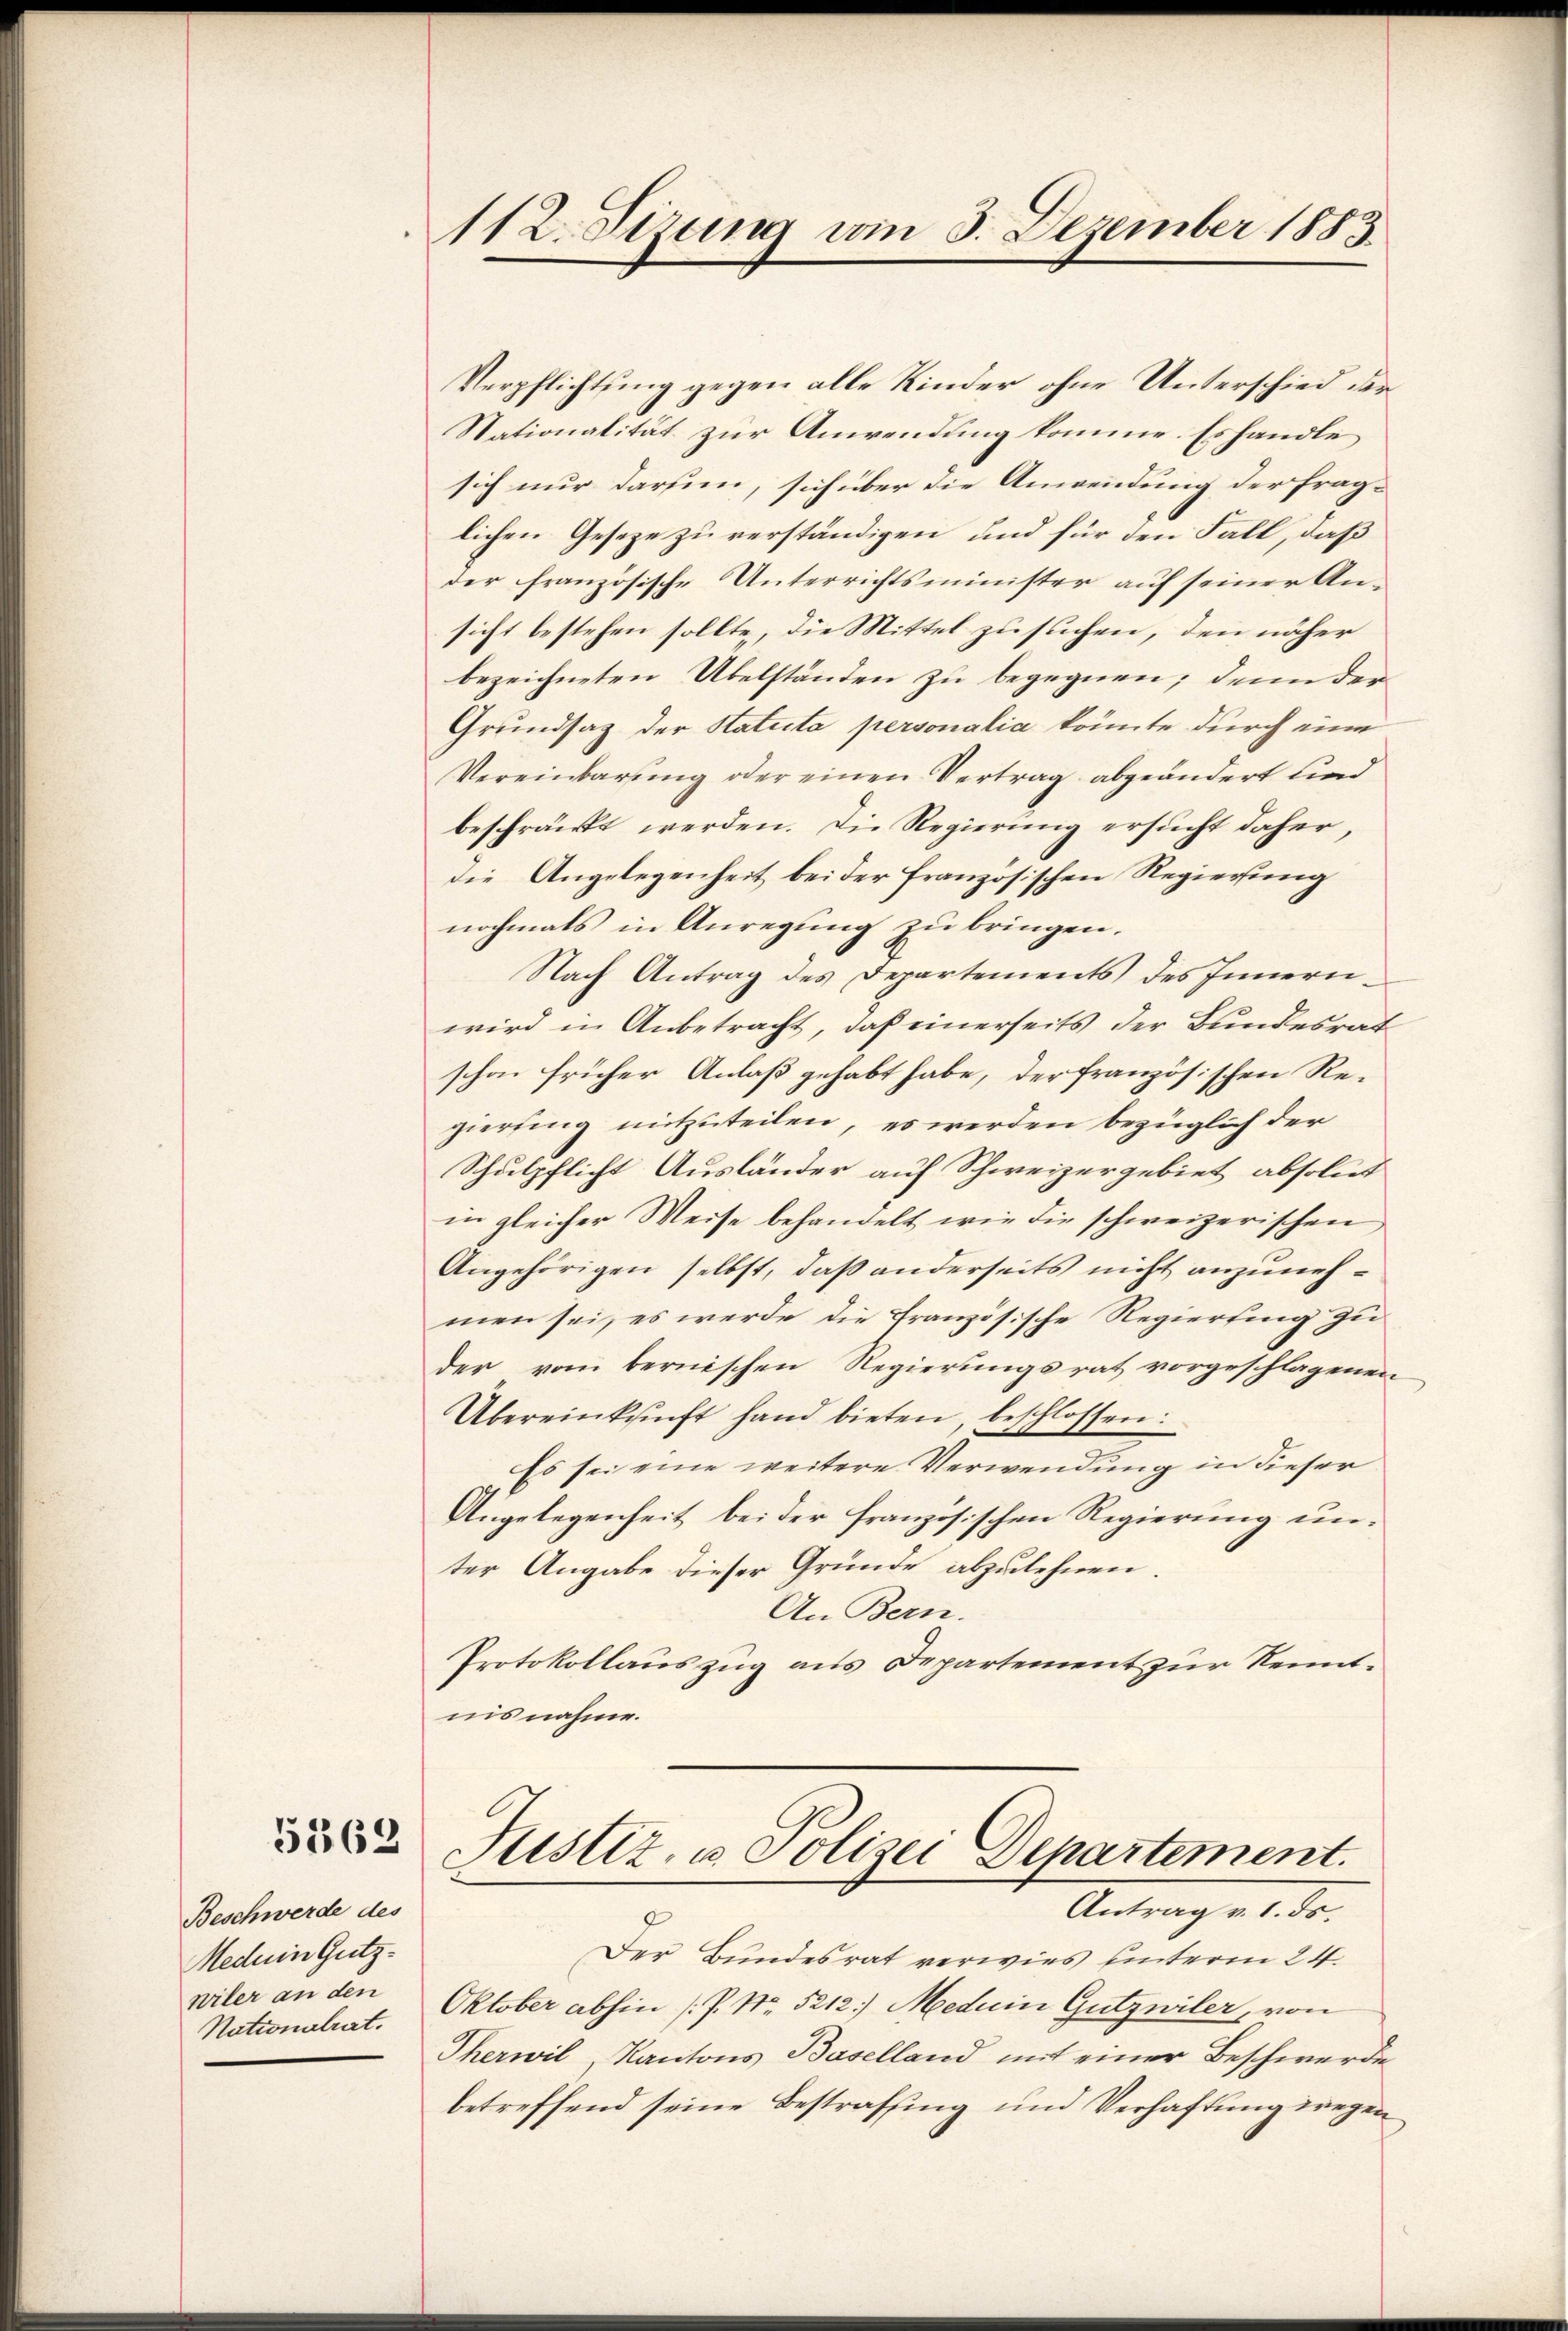
5362

Beschwerde des
Meduin Gutzwiler an den
Nationalrat.

112. Sizung vom 3. Dezember 1885

Verpflichtung gegen alle Kinder ohne Unterschied der
Nationalität zur Anwendung komme. Es handle
sich nur darum, sich über die Anwendung der fraglichen Gesetze zu verständigen und für den Fall, daß
der französische Unterrichtsminister auf seiner Ansicht bestehen sollte, die Mittel zu suchen, den näher
bezeichneten Übelständen zu begegnen; denn der
Grundsaz der Statuta personalia könnte durch eine
Vereinbarŭng oder einen Vertrag abgeändert und
beschränkt werden. Die Regierung ersucht daher,
die Angelegenheit bei der französischen Regierung
nochmals in Anregung zu bringen.
Nach Antrag des Departements des Innernwird in Anbetracht, daß einerseits der Bundesrat
schon früher Anlaß gehabt habe, der französischen Rezierling mitzuteilen, es werden bezüglich der
Schulpflicht Ausländer auf Schweizergebiet absolut
in gleicher Weise behandelt, wie die schweizerischen
Angehörigen selbst, daß anderseits nicht anzunehmen sei, es werde die Französische Regierung zu
der vom bernischen Regierungsrat vorgeschlagenen
Übereinkunft hand bieten, beschlossen:
Es sei eine weitere Verwendung in dieser
Angelegenheit bei der französischen Regierung unter Angabe dieser Gründe abzulehnen
An Bern.
Protokollauszug aus Departement zur Kenntnisnahme.

Justiz, u. Polizei Departement.
Antrag v. 1. ds.
e

Der Bundesrat verwies unterm 24.
Oktober abhin (P. Nr. 5212) Meduin Gutzniler, von
Therwil, Kantons Baselland mit einer Beschwerde
betreffend seine Bestrafung und Verhaftung wegen